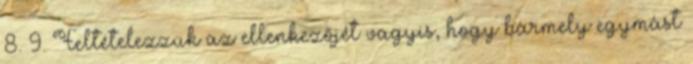
8. 9. Feltételezzük az ellenkezőjét vagyis, hogy bármely egymást